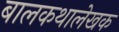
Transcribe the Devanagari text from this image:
बालकथालेखक